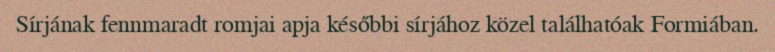
Sírjának fennmaradt romjai apja későbbi sírjához közel találhatóak Formiában.